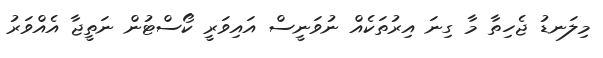
މިލަނޑު ޖެހިތާ މާ ގިނަ އިރުތަކެއް ނުވަނީސް އައިވަރީ ކޯސްޓުން ނަތީޖާ އެއްވަރު